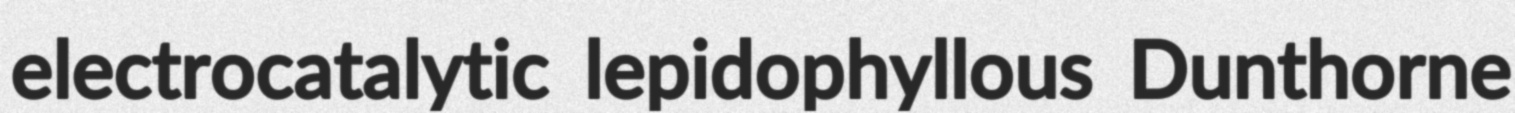
electrocatalytic lepidophyllous Dunthorne